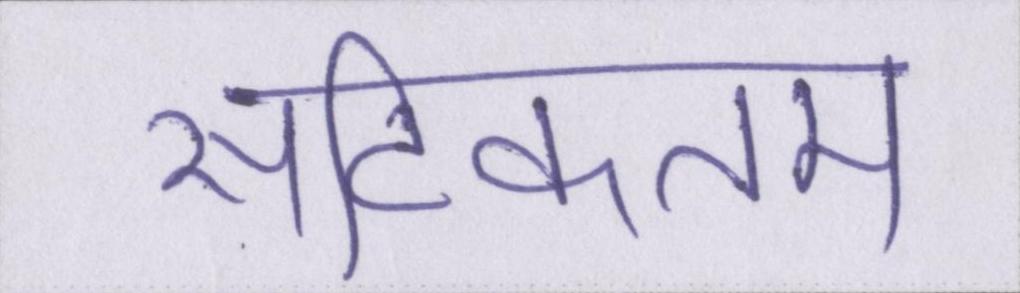
सटिकतम